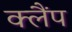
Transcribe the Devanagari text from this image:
क्‍लैंप